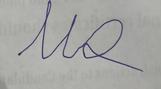
Signature authenticity: forged